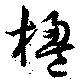
楹